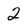
Character: 2